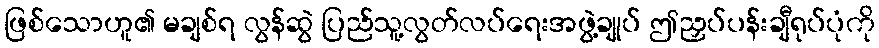
ဖြစ်သောဟူ၏ မချစ်ရ လွန်ဆွဲ ပြည်သူ့လွတ်လပ်ရေးအဖွဲ့ချုပ် ဤညှပ်ပန်းချီရုပ်ပုံကို